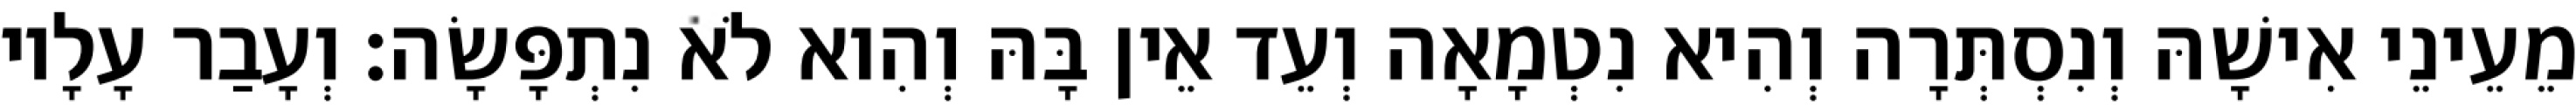
מֵעֵינֵי אִישָׁהּ וְנִסְתְּרָה וְהִיא נִטְמָאָה וְעֵד אֵין בָּהּ וְהִוא לֹא נִתְפָּשָׂה׃ וְעָבַר עָלָיו